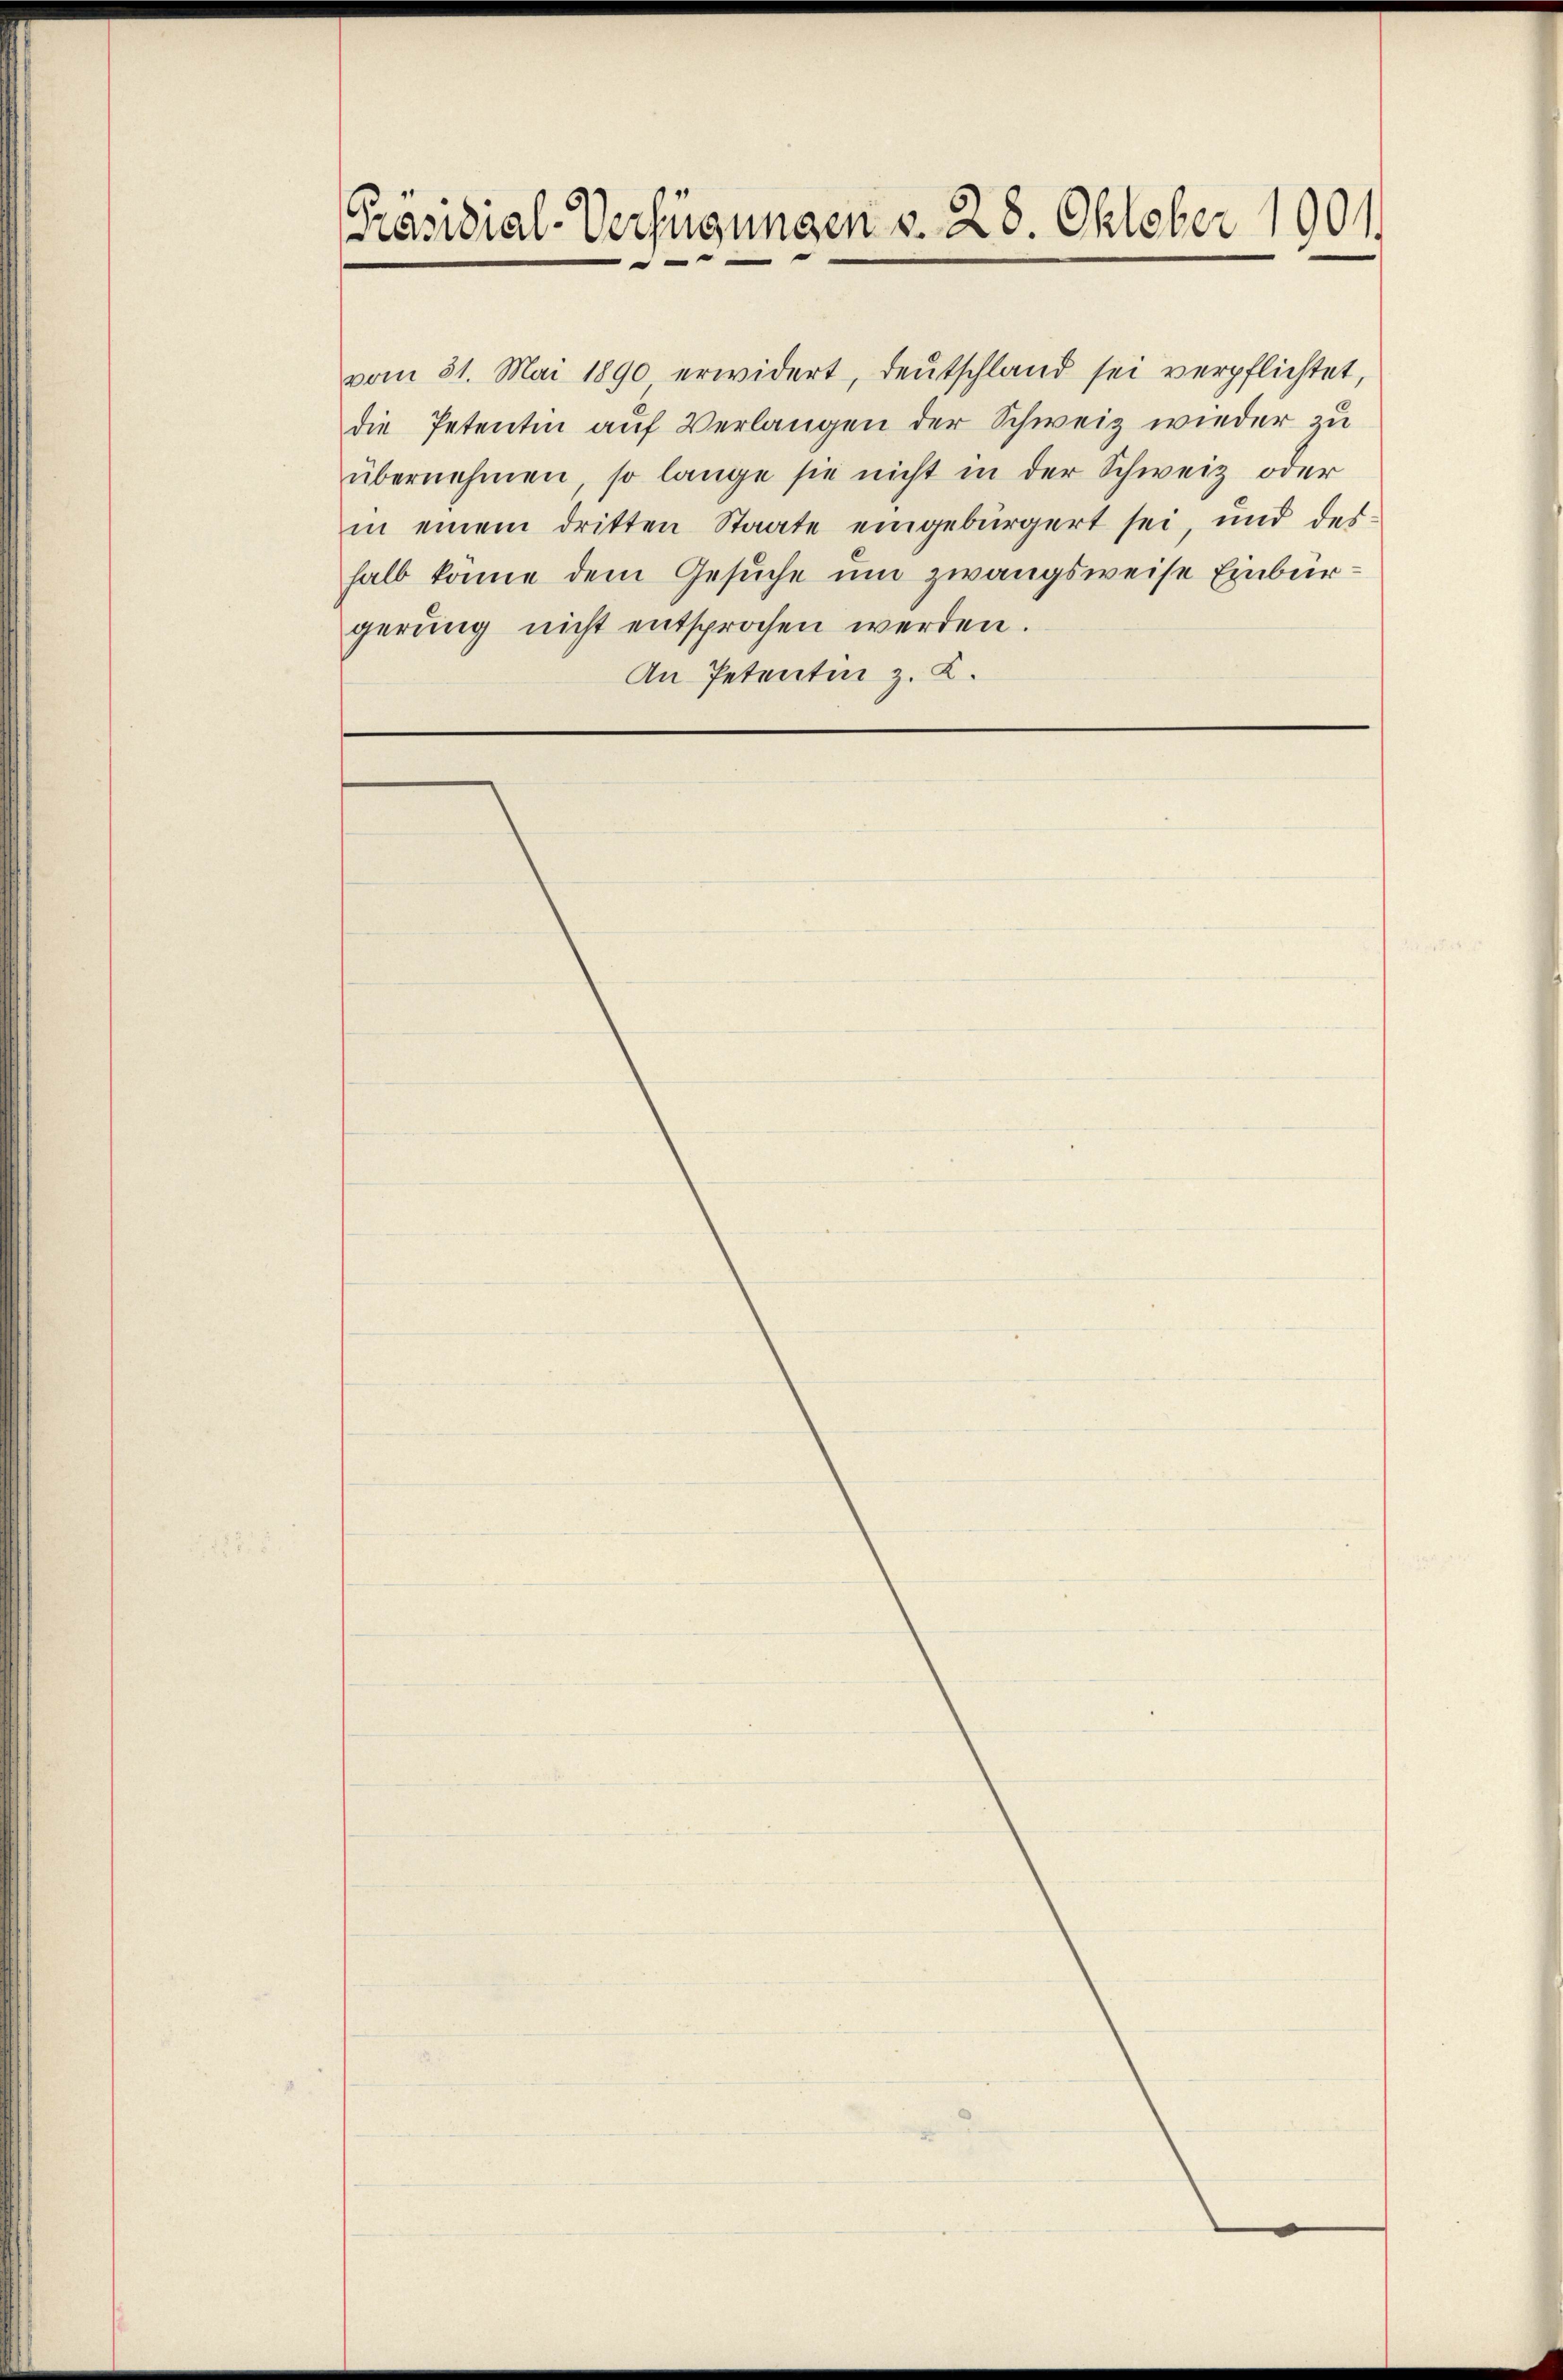
Präsidial-Verfügungen d. 28. Oktober 1901.

gerŭng nicht entsprochen werden.
An Petenten z. K.

die Petentin auf Verlangen der Schweiz wieder zu
übernehmen, so lange sie nicht in der Schweiz oder
in einem dritten Staate eingebürgert sei, und des-
halb könne dem Gesuche um zwangsweise Einbür¬

vom 31. Mai 1890 erwidert, deŭtschland sei verpflichtet,